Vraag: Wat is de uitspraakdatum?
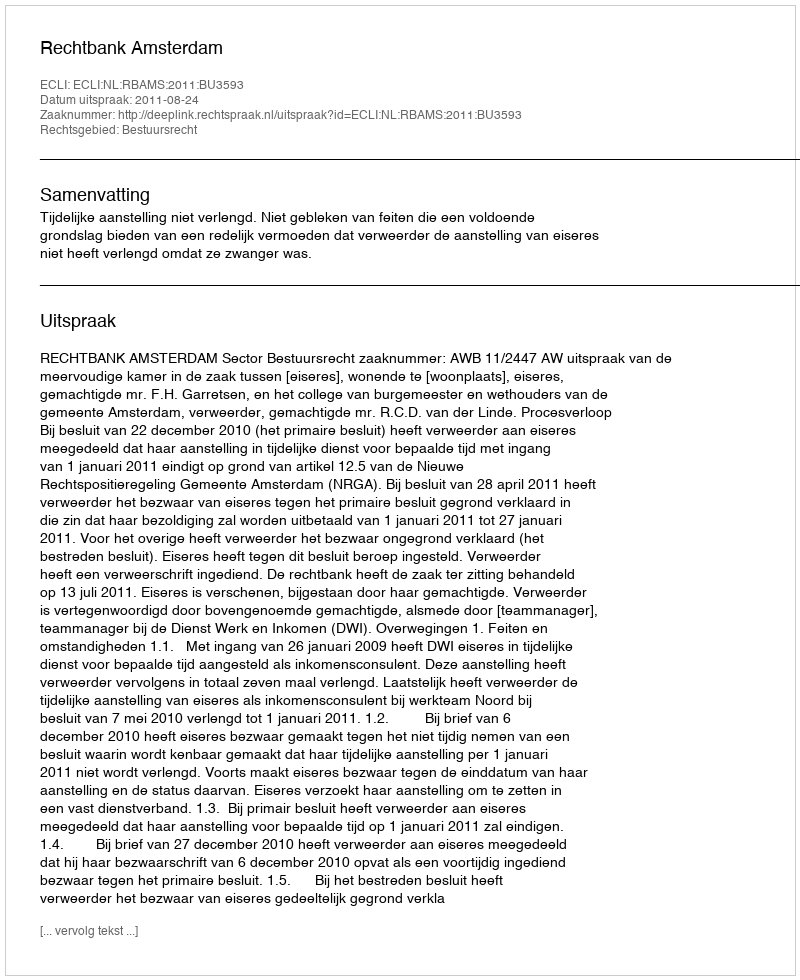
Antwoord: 2011-08-24